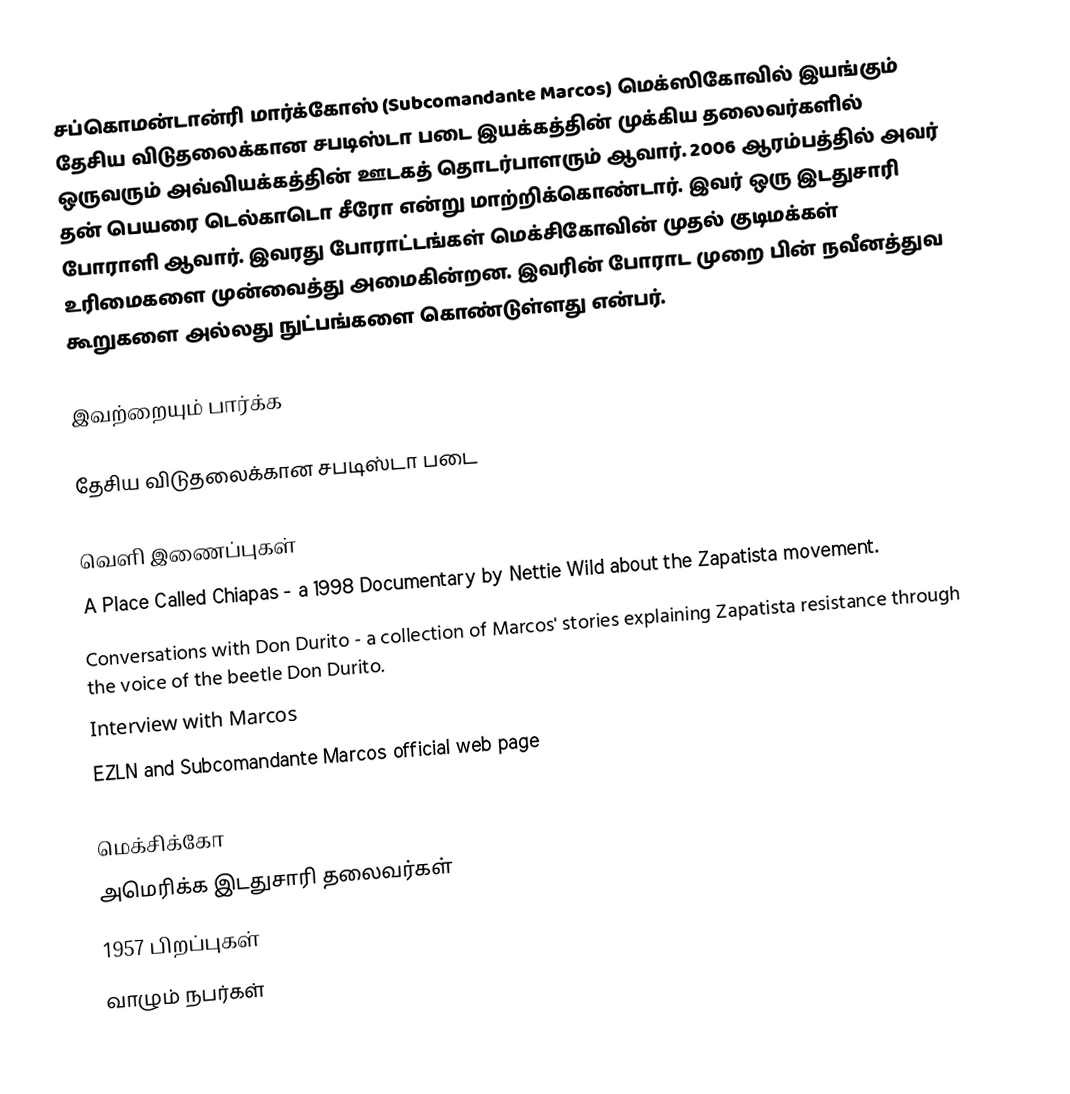
சப்கொமன்டான்ரி மார்க்கோஸ் (Subcomandante Marcos) மெக்ஸிகோவில் இயங்கும் தேசிய விடுதலைக்கான சபடிஸ்டா படை இயக்கத்தின் முக்கிய தலைவர்களில் ஒருவரும் அவ்வியக்கத்தின் ஊடகத் தொடர்பாளரும் ஆவார்.  2006 ஆரம்பத்தில் அவர் தன் பெயரை டெல்காடொ சீரோ என்று மாற்றிக்கொண்டார்.  இவர் ஒரு இடதுசாரி போராளி ஆவார்.  இவரது போராட்டங்கள் மெக்சிகோவின் முதல் குடிமக்கள் உரிமைகளை முன்வைத்து அமைகின்றன.  இவரின் போராட முறை பின் நவீனத்துவ கூறுகளை அல்லது நுட்பங்களை கொண்டுள்ளது என்பர்.

இவற்றையும் பார்க்க

 தேசிய விடுதலைக்கான சபடிஸ்டா படை

வெளி இணைப்புகள்
A Place Called Chiapas - a 1998 Documentary by Nettie Wild about the Zapatista movement.
Conversations with Don Durito - a collection of Marcos' stories explaining Zapatista resistance through the voice of the beetle Don Durito.
Interview with Marcos
EZLN and Subcomandante Marcos official web page

மெக்சிக்கோ
அமெரிக்க இடதுசாரி தலைவர்கள்
1957 பிறப்புகள்
வாழும் நபர்கள்